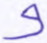
و